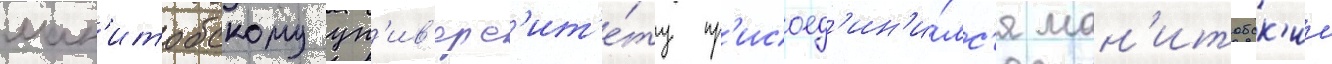
ман'итобскому ун'ив'ерс'ит'е́ту пр'исоед'ин'и́лс'я ман'итобск'ии